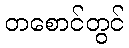
တစောင်တွင်